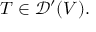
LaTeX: T \in { \mathcal { D } } ^ { \prime } ( V ) .